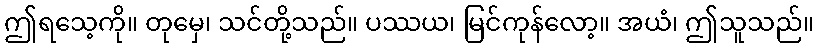
ဤရသေ့ကို။ တုမှေ၊ သင်တို့သည်။ ပဿယ၊ မြင်ကုန်လော့။ အယံ၊ ဤသူသည်။